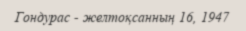
Гондурас - желтоқсанның 16, 1947